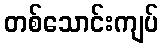
တစ်သောင်းကျပ်